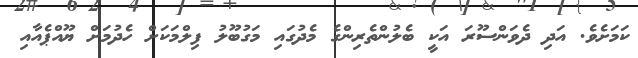
ކަމަށެވެ. އަދި ދެވަންސޫރަ އަކީ ބެލުންތެރިންގެ މެދުގައި މަގުބޫލު ފިލްމަކަށް ހެދުމަށް ޔޫއްޕެއާއި